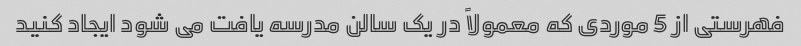
فهرستی از 5 موردی که معمولاً در یک سالن مدرسه یافت می شود ایجاد کنید